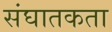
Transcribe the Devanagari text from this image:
संघातकता